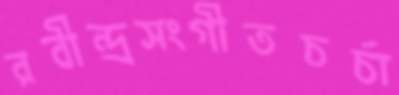
রবীন্দ্রসংগীতচর্চা